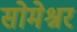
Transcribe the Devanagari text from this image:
सोमेश्नर